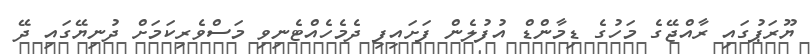
ޔޫރަޕުގައި ރާއްޖޭގެ މަހުގެ ޑިމާންޑް އުފުލެން ފަށައިފި ދެމެހެއްޓެނިވި މަސްވެރިކަމަށް ދުނިޔޭގައި ދޭ